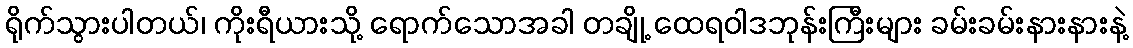
ရိုက်သွားပါတယ်၊ ကိုးရီယားသို့ ရောက်သောအခါ တချို့ ထေရဝါဒဘုန်းကြီးများ ခမ်းခမ်းနားနားနဲ့